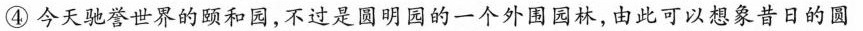
④今天驰誉世界的颐和园，不过是圆明园的一个外围园林，由此可以想象昔日的圆